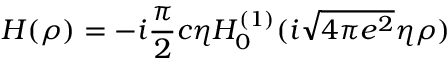
H ( \rho ) = - i \frac { \pi } { 2 } c \eta { \cal H } _ { 0 } ^ { ( 1 ) } ( i \sqrt { 4 \pi e ^ { 2 } } \eta \rho )